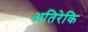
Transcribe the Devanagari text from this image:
अतिरेकि